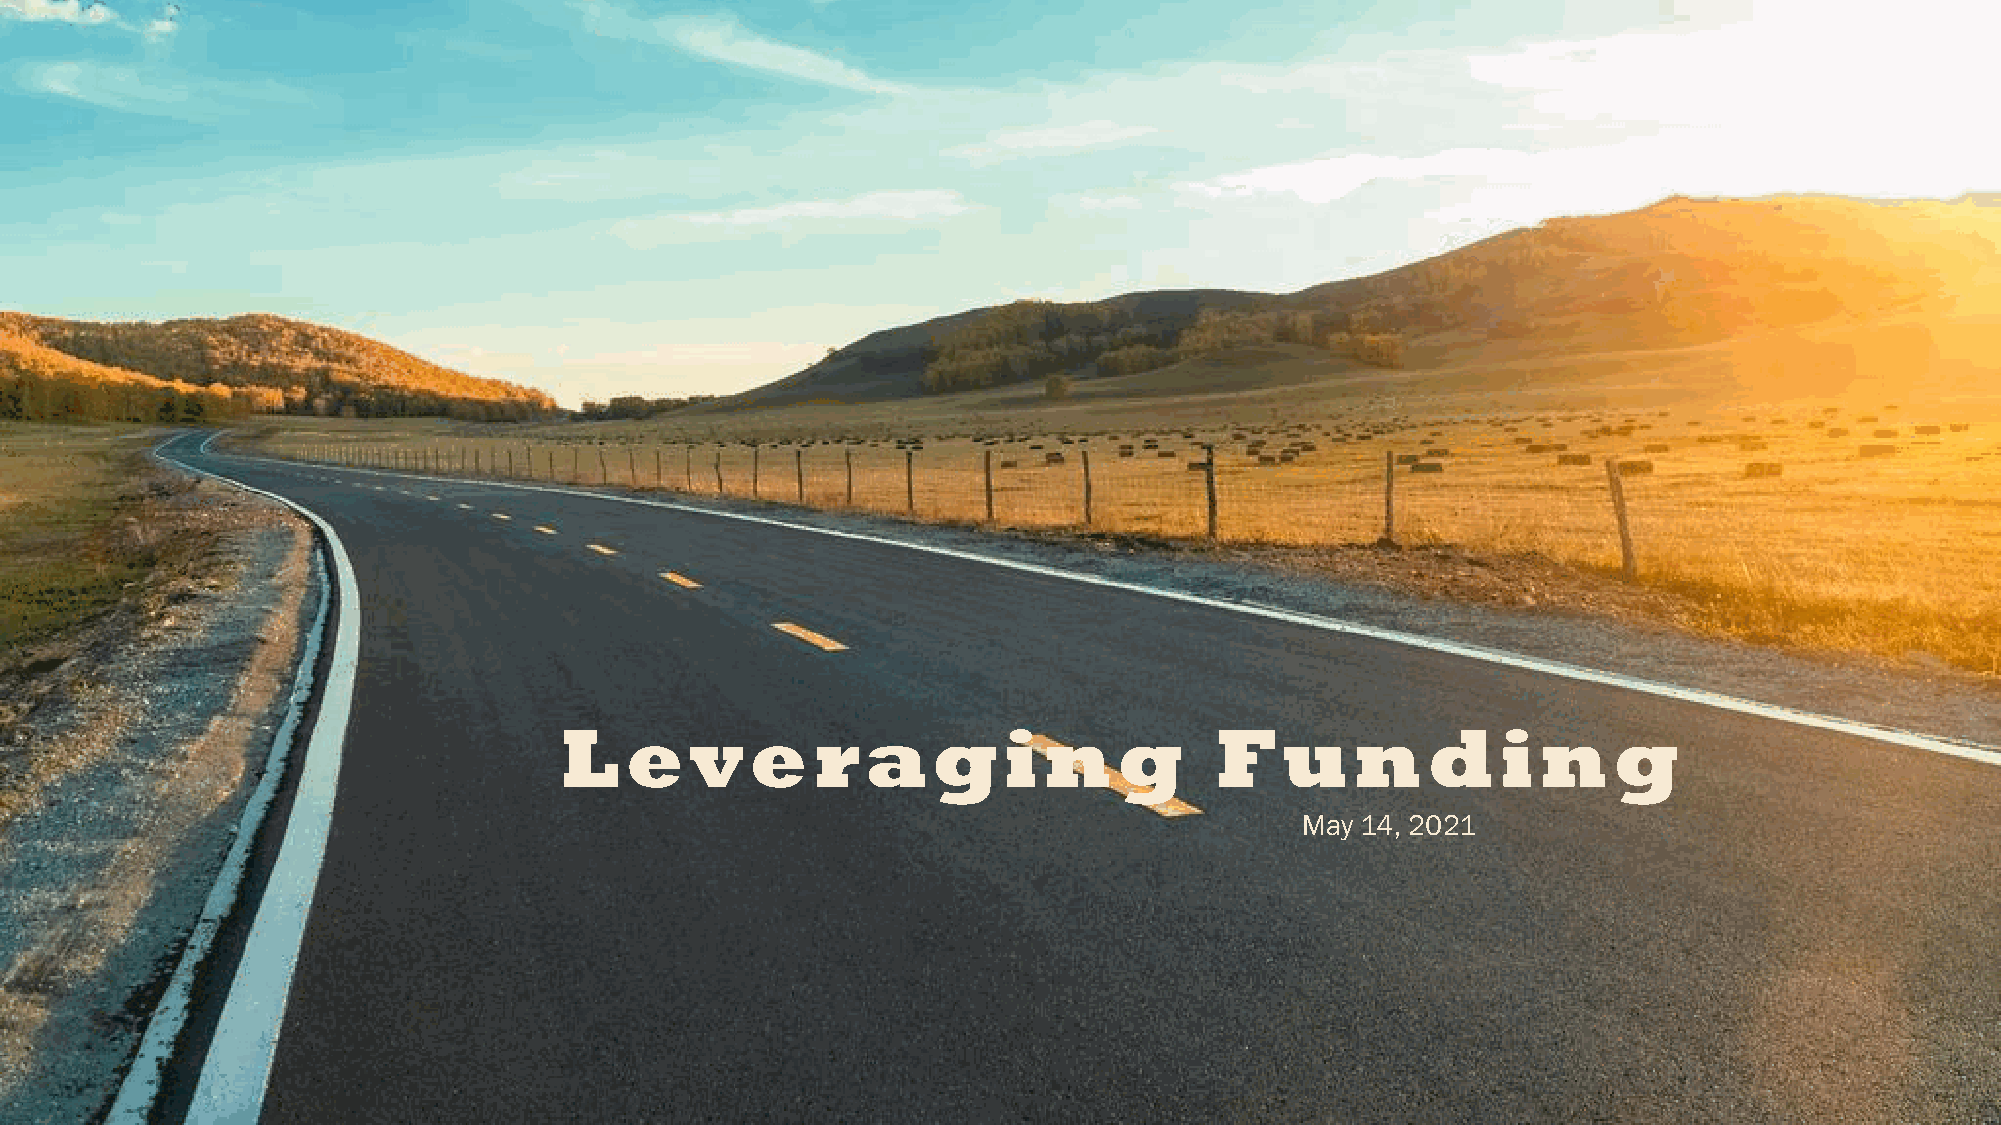
L   eve          raging                     Funding
 May 14, 2021